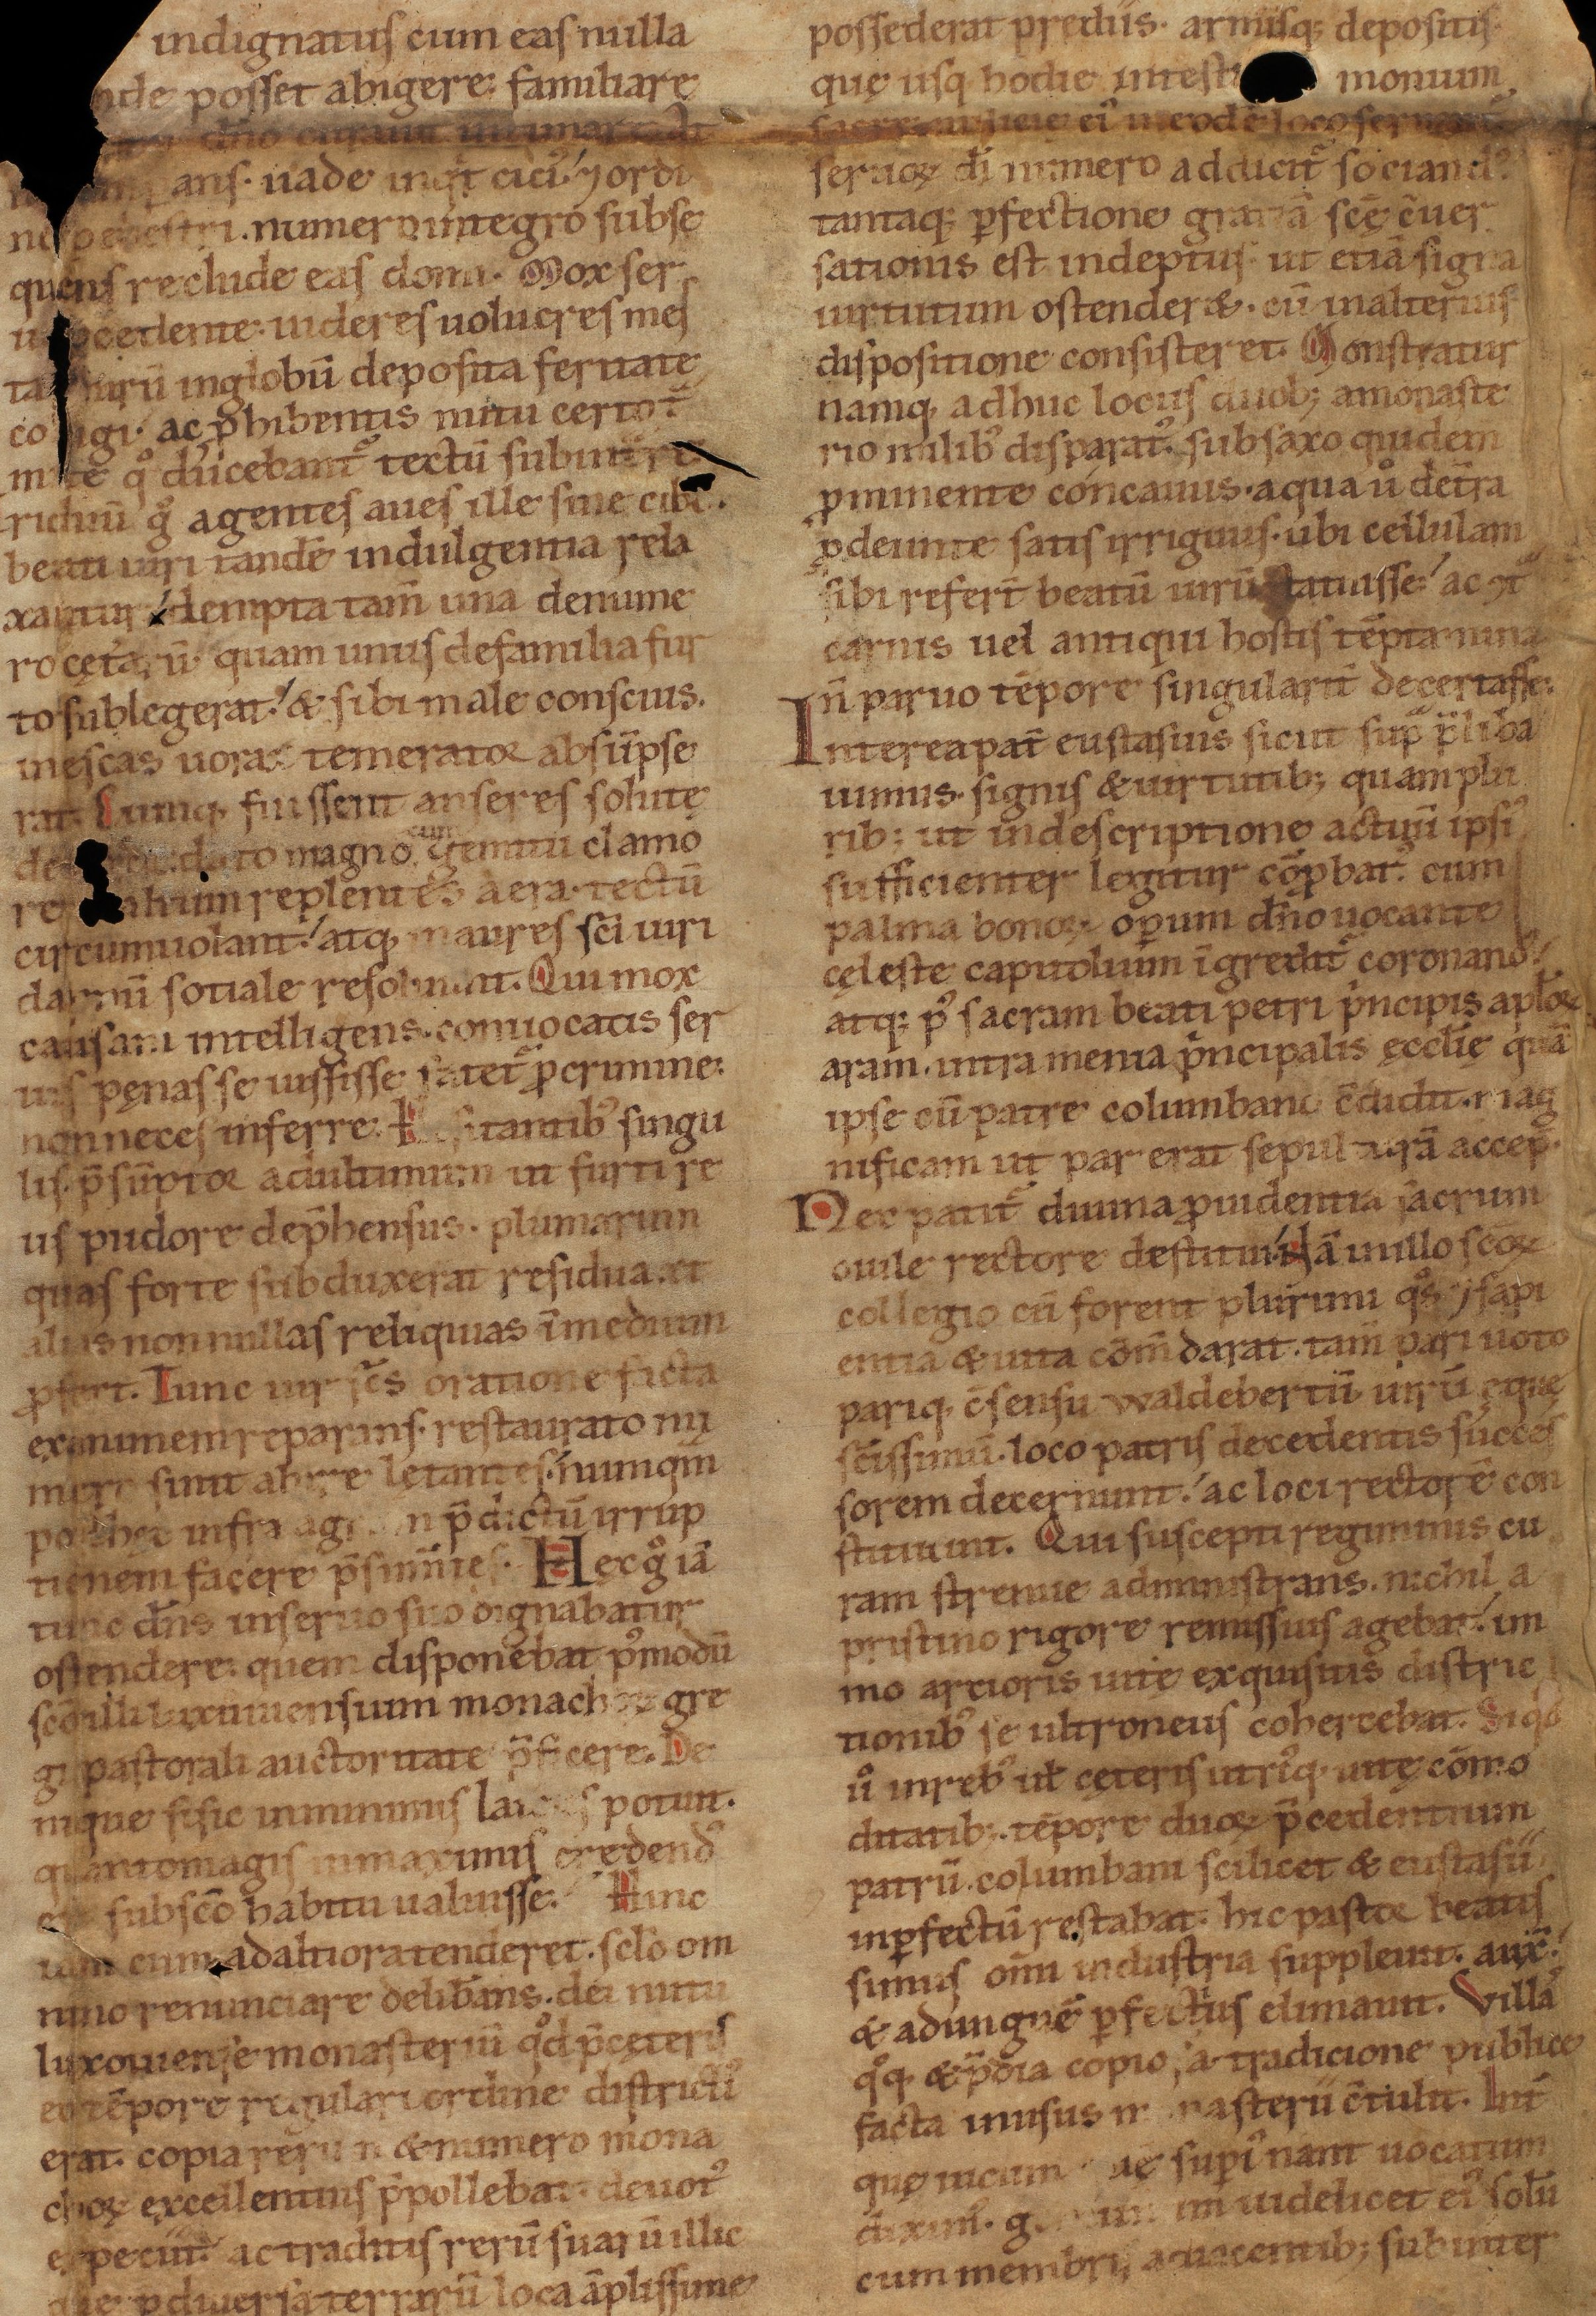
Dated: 1140–1170